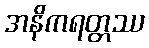
အနိကရတ္တဿ